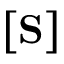
\big [ \mathrm { \mathbf { S } } \big ]